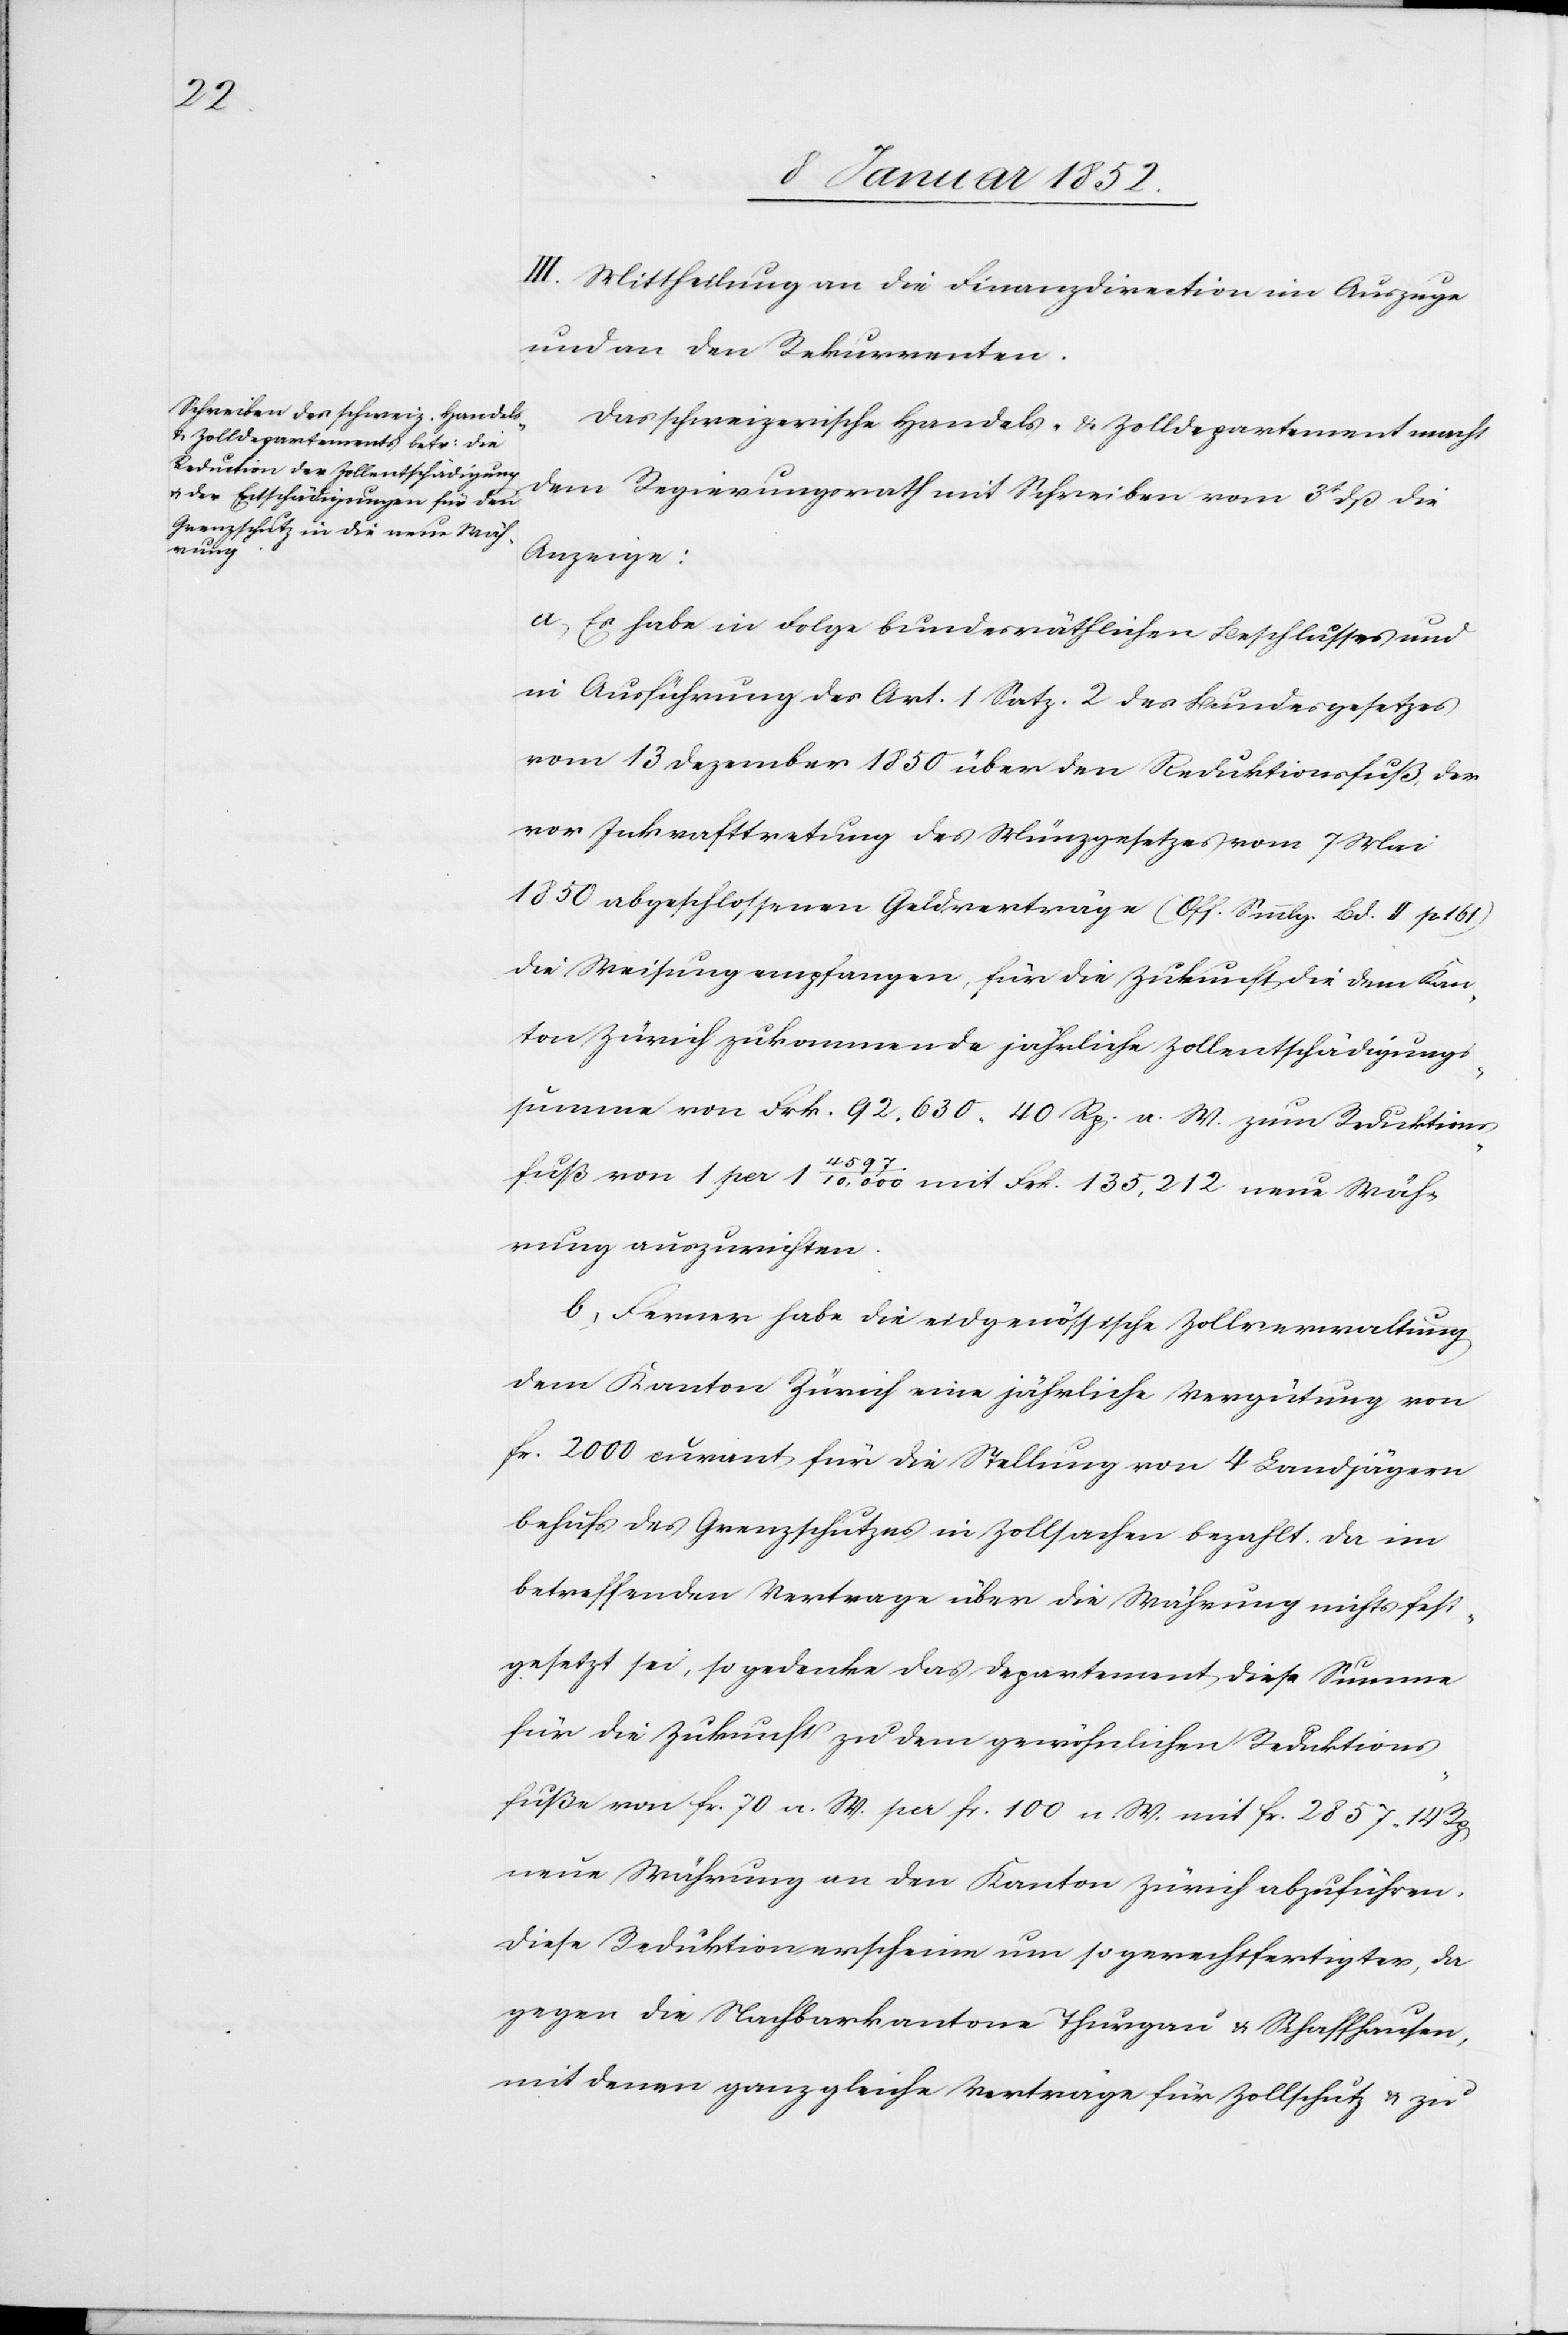
III. Mittheilung an die Finanzdirection im Auszuge
und an den Rekurrenten.
Das schweizerische Handels- u. Zolldepartement macht
dem Regierungsrath mit Schreiben vom 3t dß die
Anzeige:
a, Es habe in Folge bundesräthlichen Beschlusses und
in Ausführung des Art. 1. Satz. 2 des Bundesgesetzes
vom 13 Dezember 1850 über den Reduktionsfuß der
vor Inkrafttretung des Münzgesetzes vom 7 Mai
1850 abgeschlossenen Geldverträge (Off. Smmlg. Bd. II p. 161)
die Weisung empfangen, für die Zukunft die dem Kan¬
ton Zürich zukommende jährliche Zollentschädigungs¬
summe von Frk 92.630. 40 Rp. a. W. zum Reduktions¬
fuß von 1 per 1 4597/10,000 mit Frk. 135,212 neue Wäh¬
rung auszurichten.
b, Ferner habe die eidgenössische Zollverwaltung
dem Kanton Zürich eine jährliche Vergütung von
Fr. 2000 [?courant] für die Stellung von 4 Landjägern
behufs des Grenzschutzes in Zollsachen bezahlt. Da im
betreffenden Vertrage über die Währung nichts fest¬
gesetzt sei, so gedenke das Departement diese Summe
für die Zukunft zu dem gewöhnlichen Reduktions¬
fuße von Fr. 70 a. W. per Fr. 100 n. W. mit Fr. 2857. 14 Rp
neue Währung an den Kanton Zürich abzuführen.
Diese Reduktion erscheine um so gerechtfertigter, da
gegen die Nachbarkantone Thurgau u. Schaffhausen
mit denen ganz gleiche Verträge für Zollschutz u. zu